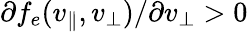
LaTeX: \partial f_{e}(v_{\| },v_{\perp})/\partial{v_{\perp}}>0